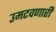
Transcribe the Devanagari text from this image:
उमटवणारी